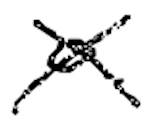
Text: a
Cross-out: cross
Writing tool: digital_black